Insane asylums in Bengal annual reports 1867-1875 - 1867-1875
Year: 1867
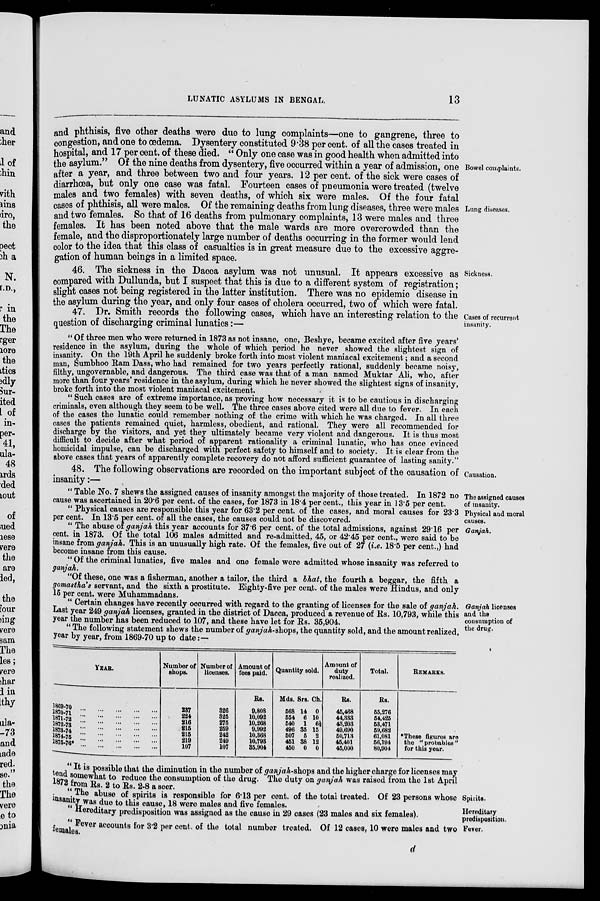
LUNATIC ASYLUMS IN BENGAL.
13
Bowel complaints.
Lung diseases.
and phthisis, five other deaths were due to lung complaints—one to gangrene, three to
congestion, and one to œdema. Dysentery constituted 9.38 per cent. of all the cases treated in
hospital, and 17 per cent. of these died. " Only one case was in good health when admitted into
the asylum." Of the nine deaths from dysentery, five occurred within a year of admission, one
after a year, and three between two and four years. 12 per cent. of the sick were cases of
diarrhœa, but only one case was fatal. Fourteen cases of pneumonia were treated (twelve
males and two females) with seven deaths, of which six were males. Of the four fatal
cases of phthisis, all were males. Of the remaining deaths from lung diseases, three were males
and two females. So that of 16 deaths from pulmonary complaints, 13 were males and three
females. It has been noted above that the male wards are more overcrowded than the
female, and the disproportionately large number of deaths occurring in the former would lend
color to the idea that this class of casualties is in great measure due to the excessive aggre-
gation of human beings in a limited space.
Sickness.
46. The sickness in the Dacca asylum was not unusual. It appears excessive as
compared with Dullunda, but I suspect that this is due to a different system of registration;
slight cases not being registered in the latter institution. There was no epidemic disease in
the asylum during the year, and only four cases of cholera occurred, two of which were fatal.
Cases of recurrent
insanity.
47. Dr. Smith records the following cases, which have an interesting relation to the
question of discharging criminal lunatics:—
" Of three men who were returned in 1873 as not insane, one, Beshye, became excited after five years'
residence in the asylum, during the whole of which period he never showed the slightest sign of
insanity. On the 19th April he suddenly broke forth into most violent maniacal excitement; and a second
man, Sumbhoo Ram Dass, who had remained for two years perfectly rational, suddenly became noisy,
filthy, ungovernable, and dangerous. The third case was that of a man named Muktar Ali, who, after
more than four years' residence in the asylum, during which he never showed the slightest signs of insanity,
broke forth into the most violent maniacal excitement.
" Such cases are of extreme importance, as proving how necessary it is to be cautious in discharging
criminals, even although they seem to be well. The three cases above cited were all due to fever. In each
of the cases the lunatic could remember nothing of the crime with which he was charged. In all three
cases the patients remained quiet, harmless, obedient, and rational. They were all recommended for
discharge by the visitors, and yet they ultimately became very violent and dangerous. It is thus most
difficult to decide after what period of apparent rationality a criminal lunatic, who has once evinced
homicidal impulse, can be discharged with perfect safety to himself and to society. It is clear from the
above cases that years of apparently complete recovery do not afford sufficient guarantee of lasting sanity."
Causation.
48. The following observations are recorded on the important subject of the causation of
insanity:—
The assigned causes
of insanity.
" Table No. 7 shews the assigned causes of insanity amongst the majority of those treated. In 1872 no
cause was ascertained in 20.6 per cent. of the cases, for 1873 in 18.4 per cent., this year in 13.5 per cent.
Physical and moral
causes.
" Physical causes are responsible this year for 63.2 per cent. of the cases, and moral causes for 23.3
per cent. In 13.5 per cent. of all the cases, the causes could not be discovered.
Ganjah.
" The abuse of ganjah this year accounts for 37.6 per cent. of the total admissions, against 29.16 per
cent. in 1873. Of the total 106 males admitted and re-admitted, 45, or 42.45 per cent., were said to be
insane from ganjah. This is an unusually high rate. Of the females, five out of 27 (i.e. 18.5 per cent.,) had
become insane from this cause.
" Of the criminal lunatics, five males and one female were admitted whose insanity was referred to
ganjah.
"Of these, one was a fisherman, another a tailor, the third a bhat, the fourth a beggar, the fifth a
gomastha's servant, and the sixth a prostitute. Eighty-five per cent. of the males were Hindus, and only
15 per cent. were Muhammadans.
Ganjah licenses
and the
consumption of
the drug.
"Certain changes have recently occurred with regard to the granting of licenses for the sale of ganjah.
Last year 249 ganjah licenses, granted in the district of Dacca, produced a revenue of Rs. 10,793, while this
year the number has been reduced to 107, and these have let for Rs. 35,904.
" The following statement shews the number of ganjah-shops, the quantity sold, and the amount realized,
year by year, from 1869-70 up to date:—
YEAR.
1869-70 ... ... ... ... ...
1870-71 ... ... ... ... ...
1871-72 ... ... ... ... ...
1872-73 ... ... ... ... ...
1873-74 ... ... ... ... ...
1874-75 ... ... ... ... ...
1875-76 ... ... ... ... ...
Number of
shops.
237
224
216
215
215
219
107
Number of
licenses.
326
325
275
259
242
249
107
Amount of
fees paid.
Rs.
9,808
10,092
10,268
9,992
10,368
10,793
35,904
Quantity sold.
Mds.
568
554
540
496
507
451
450
Srs.
14
6
1
35
5
38
0
Ch.
0
10
6 ½
15
2
12
0
Amount of
duty
realized.
Rs.
45,468
44,333
43,203
49,690
50,713
45,401
45,000
Total.
Rs.
55,276
54,425
53,471
59,682
61,081
56,194
80,904
REMARKS.
*These figures are
the " probables "
for this year.
" It is possible that the diminution in the number of ganjah-shops and the higher charge for licenses may
tend somewhat to reduce the consumption of the drug. The duty on ganjah was raised from the 1st April
1872 from Rs. 2 to Rs. 2-8 a seer.
Spirits.
" The
abuse of spirits is responsible for 6.13 per cent. of the total treated. Of 23 persons whose
insanity was due to this cause, 18 were males and five females.
Hereditary
predisposition.
" Hereditary predisposition was assigned as the cause in 29 cases (23 males and six females).
Fever.
" Fever accounts for 3.2 per cent. of the total number treated. Of 12 cases, 10 were males and two
females.
d